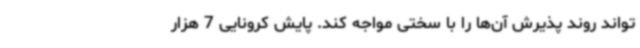
‌تواند روند پذیرش آن‌ها را با سختی مواجه کند. پایش کرونایی 7 هزار